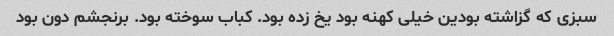
سبزی که گزاشته بودین خیلی کهنه بود یخ زده بود. کباب سوخته بود. برنجشم دون بود